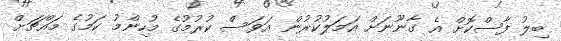
ބިލު ފާސްކޮށް އެ ގާނޫނަށް އަމަލުކުރުން އަވަސް ކުރުމުގެ މުހިންމު ކަމުގެ މައްޗަށް